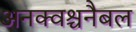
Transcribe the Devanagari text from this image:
अनक्वश्चनैबल